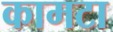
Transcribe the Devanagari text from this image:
कामटा